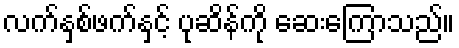
လက်နှစ်ဖက်နှင့် ပုဆိန်ကို ဆေးကြောသည်။